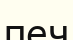
печ